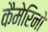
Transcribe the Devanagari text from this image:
कैमेरिनो